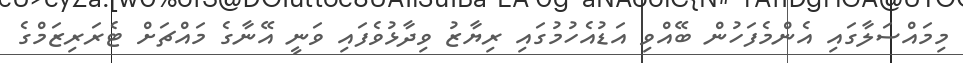
މިމައްސަލާގައި އެންމެފަހުން ބޭއްވި އަޑުއެހުމުގައި ރިޔާޒު ވިދާޅުވެފައި ވަނީ އޭނާގެ މައްޗަށް ޓެރަރިޒަމްގެ